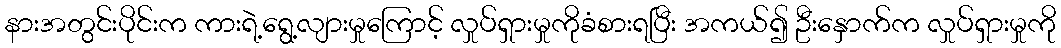
နားအတွင်းပိုင်းက ကားရဲ့ရွေ့လျားမှုကြောင့် လှုပ်ရှားမှုကိုခံစားရပြီး အကယ်၍ ဦးနှောက်က လှုပ်ရှားမှုကို